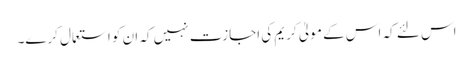
اس لئے کہ اس کے مولیٰ کریم کی اجازت نہیں کہ ان کو استعمال کرے۔